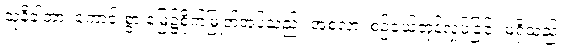
သုနိခါတာ၊ ကောင်းစွာ မြေ၌စိုက်မြှုတ်အပ်သည်။ အစလာ၊ စဉ်ငယ်တုန်လှုပ်ခြင်း မရှိသည်။